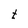
Character: t